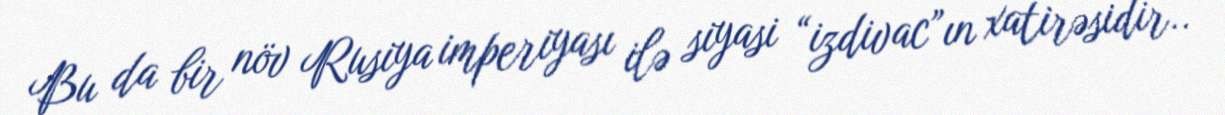
Bu da bir növ Rusiya imperiyası ilə siyasi “izdivac”ın xatirəsidir..